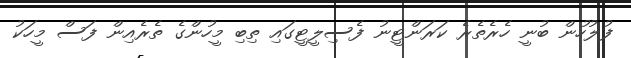
ފުލުހުން ބުނީ ހެރެތެރެ ކަރަންޓީނު ފެސިލީޓީގައި ތިބި މީހުންގެ ތެރެއިން ފަސް މީހަކު